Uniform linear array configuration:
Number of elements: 4
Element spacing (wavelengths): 0.75
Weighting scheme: exponential
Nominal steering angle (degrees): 0
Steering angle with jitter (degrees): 0.3156
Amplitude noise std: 0.05
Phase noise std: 0.05

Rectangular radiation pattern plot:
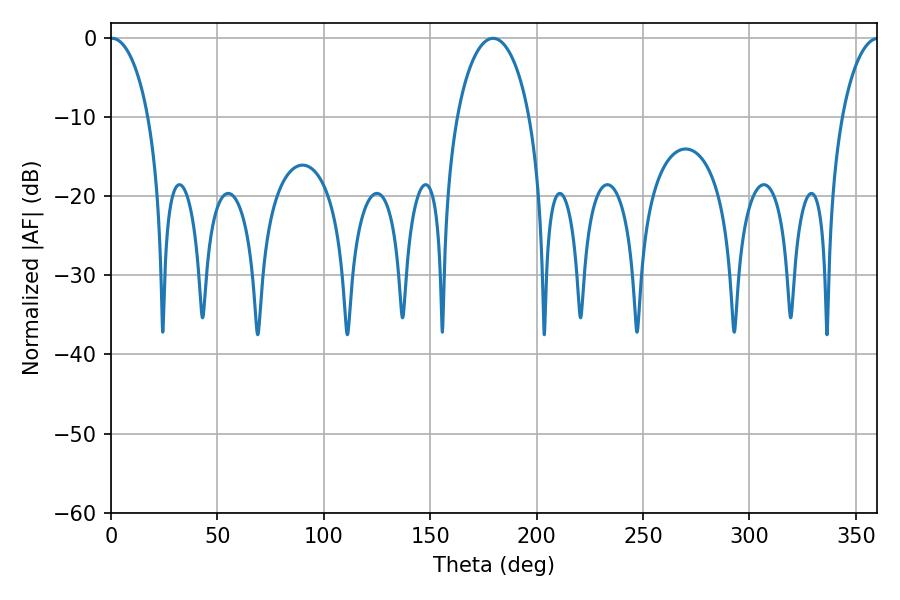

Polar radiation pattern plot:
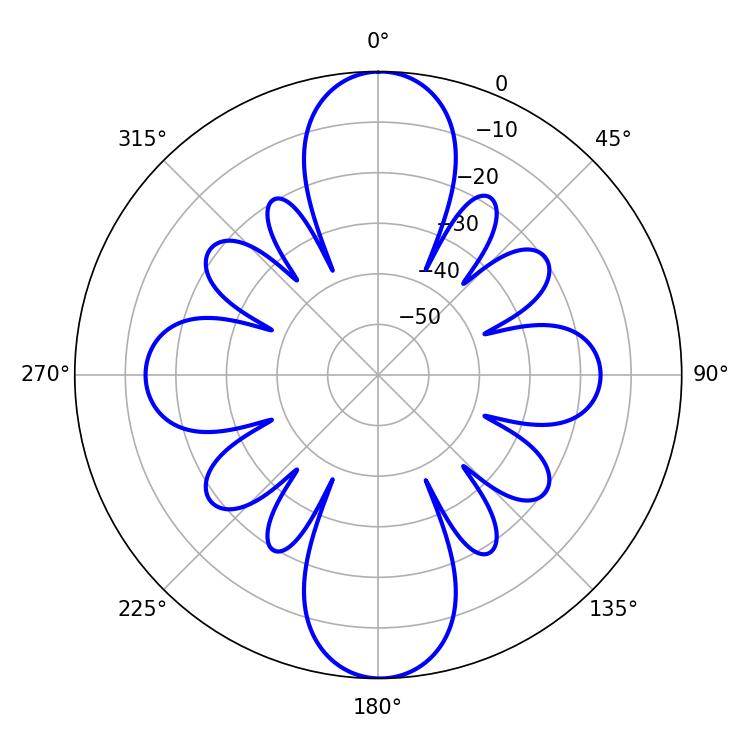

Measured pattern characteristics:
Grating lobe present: TRUE
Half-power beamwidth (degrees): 10.26
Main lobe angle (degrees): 0.54